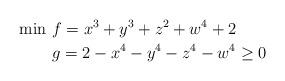
LaTeX: \begin{align*}\min &\ f = x^3 + y^3 + z^2 + w^4 + 2\\&\ g = 2 - x^4 - y^4 - z^4 - w^4 \geq 0\end{align*}